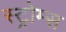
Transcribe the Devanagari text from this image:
स्ट्रोम्स